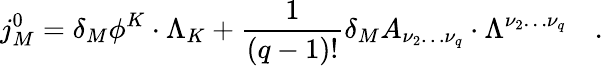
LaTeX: j_{M}^{0}=\delta_{M}\phi^{K}\cdot\Lambda_{K}+\frac 1{\left(q-1\right)!}\delta_{M}A_{\nu_{2}\ldots\nu_{q}}\cdot\Lambda^{\nu_{2}\ldots\nu_{q}}\quad.